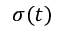
\sigma ( t )